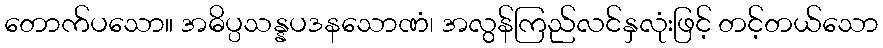
တောက်ပသော။ အဓိပ္ပသန္နပဒနသောဏံ၊ အလွန်ကြည်လင်နှလုံးဖြင့် တင့်တယ်သော